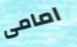
امامى